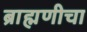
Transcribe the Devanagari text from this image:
ब्राह्मणीचा